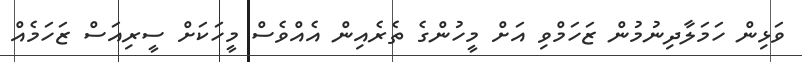
ވަޅިން ހަމަލާދިނުމުން ޒަހަމްވި އަށް މީހުންގެ ތެރެއިން އެއްވެސް މީހަކަށް ސީރިއަސް ޒަހަމެއް